Indian journal of veterinary science and animal husbandry - Volumes 26-27, 1956-1957
Year: 1956
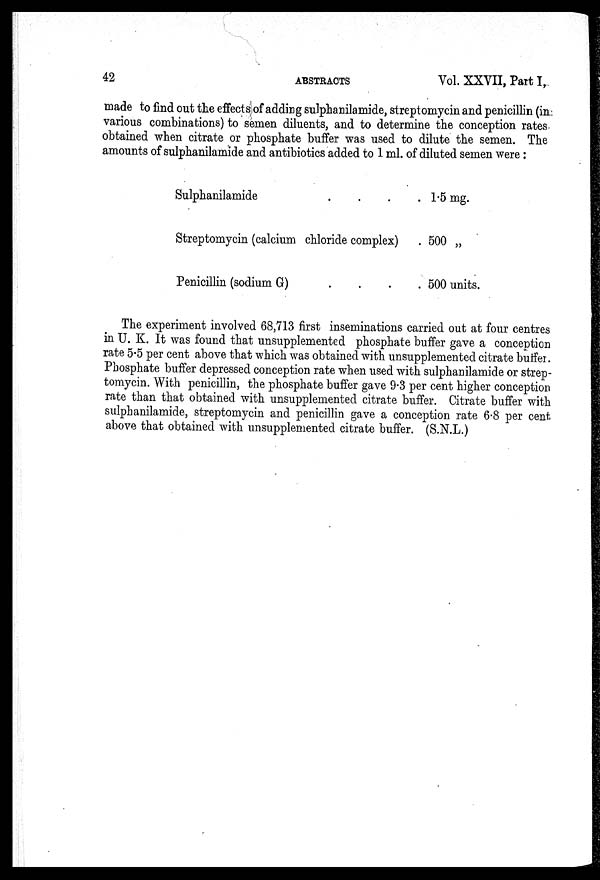
42
ABSTRACTS
Vol. XXVII, Part I,
made to find out the effects of adding sulphanilamide, streptomycin and penicillin (in
various combinations) to semen diluents, and to determine the conception rates
obtained when citrate or phosphate buffer was used to dilute the semen. The
amounts of sulphanilamide and antibiotics added to 1 ml. of diluted semen were :
Sulphanilamide . . . .
Streptomycin (calcium chloride complex)
Penicillin (sodium G)
....
1.5 mg.
500 „
500 units.
The experiment involved 68,713 first inseminations carried out at four centres
in U. K. It was found that unsupplemented phosphate buffer gave a conception
rate 5.5 per cent above that which was obtained with unsupplemented citrate buffer.
Phosphate buffer depressed conception rate when used with sulphanilamide or strep-
tomycin. With penicillin, the phosphate buffer gave 9.3 per cent higher conception
rate than that obtained with unsupplemented citrate buffer. Citrate buffer with
sulphanilamide, streptomycin and penicillin gave a conception rate 6.8 per cent
above that obtained with unsupplemented citrate buffer. (S.N.L.)